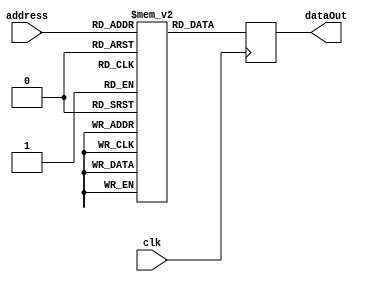
module instructionmemory 
#(
	parameter DATA_WIDTH = 32,
	parameter ADDR_WIDTH = 10
)
(
	input [ADDR_WIDTH-1:0] address,
	input clk,
	output reg [DATA_WIDTH-1:0] dataOut
);

	reg [DATA_WIDTH-1:0] memoria [0:(1<<ADDR_WIDTH)-1];

	initial begin
	
		// COM PIPELINE HAZZARD	
		memoria[0] <= 32'b000101_01111_00000_0000_1101_0100_0000; // Load A em R0 // {(Grupo+1), rs, rt, offset}
		memoria[1] <= 32'b000101_01111_00001_0000_1101_0100_0001; // Load B em R1 // {(Grupo+1), rs, rt, offset}
		memoria[2] <= 32'b000101_01111_00010_0000_1101_0100_0010; // Load C em R2 // {(Grupo+1), rs, rt, offset}
		memoria[3] <= 32'b000101_01111_00011_0000_1101_0100_0011; // Load D em R3 // {(Grupo+1), rs, rt, offset}
		
		memoria[4] <= 32'b000100_00001_00000_00100_01010_100010;  // SUB B-A em R4 // {Grupo, ts, rt, rd, 10, 34}	
		memoria[5] <= 32'b000100_00010_00011_00101_01010_100010;  // SUB C-D em R5	// {Grupo, ts, rt, rd, 10, 34}	
		memoria[6] <= 32'b000100_00100_00101_00110_01010_110010;  // MUL (B-A)*(C-D) em R6 // {Grupo, ts, rt, rd, 10, 50}	
		
		memoria[7] <= 32'b000110_01111_00110_0001_0001_0011_1111; // Store (B-A)*(C-D) em 113Fh // {(Grupo+2), rs, rt, offset}
			
		// SEM PIPELINE HAZZARD
		memoria[8]  <= 32'b000101_01111_00000_0000_1101_0100_0000; // Load A em R0
		memoria[9]  <= 32'b000101_01111_00001_0000_1101_0100_0001; // Load B em R1
		memoria[10] <= 32'b000101_01111_00010_0000_1101_0100_0010; // Load C em R2
		memoria[11] <= 32'b000101_01111_00011_0000_1101_0100_0011; // Load D em R3
		
		memoria[12] <= 32'b000101_01111_00000_0000_1101_0100_0000; // Load A (Bolha)
		memoria[13] <= 32'b000101_01111_00000_0000_1101_0100_0000; // Load A (Bolha)
		
		memoria[14] <= 32'b000100_00001_00000_00100_01010_100010;  // SUB B-A em R4	
		memoria[15] <= 32'b000100_00010_00011_00101_01010_100010;  // SUB C-D em R5		
		
		memoria[16] <= 32'b000101_01111_00000_0000_1101_0100_0000; // Load A (Bolha)
		memoria[17] <= 32'b000101_01111_00000_0000_1101_0100_0000; // Load A (Bolha)
		memoria[18] <= 32'b000101_01111_00000_0000_1101_0100_0000; // Load A (Bolha)
		
		memoria[19] <= 32'b000100_00100_00101_00110_01010_110010;  // MUL (B-A)*(C-D) em R6
		
		memoria[20] <= 32'b000101_01111_00000_0000_1101_0100_0000; // Load A (Bolha)
		memoria[21] <= 32'b000101_01111_00000_0000_1101_0100_0000; // Load A (Bolha)
		memoria[22] <= 32'b000101_01111_00000_0000_1101_0100_0000; // Load A (Bolha)
		
		memoria[23] <= 32'b000110_01111_00110_0001_0001_0011_1111; // Store (B-A)*(C-D) em 113Fh
		
		memoria[24] <= 32'b000101_01111_00000_0000_1101_0100_0000; // Load A (Bolha)
		memoria[25] <= 32'b000101_01111_00000_0000_1101_0100_0000; // Load A (Bolha)
		memoria[26] <= 32'b000101_01111_00000_0000_1101_0100_0000; // Load A (Bolha)
	end

	always @(posedge clk) begin
			dataOut <= memoria[address];
	end

endmodule